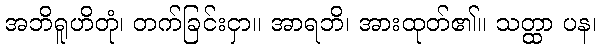
အဘိရူဟိတုံ၊ တက်ခြင်းငှာ။ အာရဘိ၊ အားထုတ်၏။ သတ္ထာ ပန၊